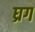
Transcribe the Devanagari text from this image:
घ्रग